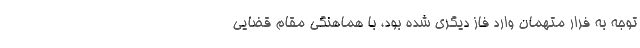
توجه به فرار متهمان وارد فاز دیگری شده بود، با هماهنگی مقام قضایی